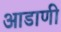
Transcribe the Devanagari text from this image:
आडाणी